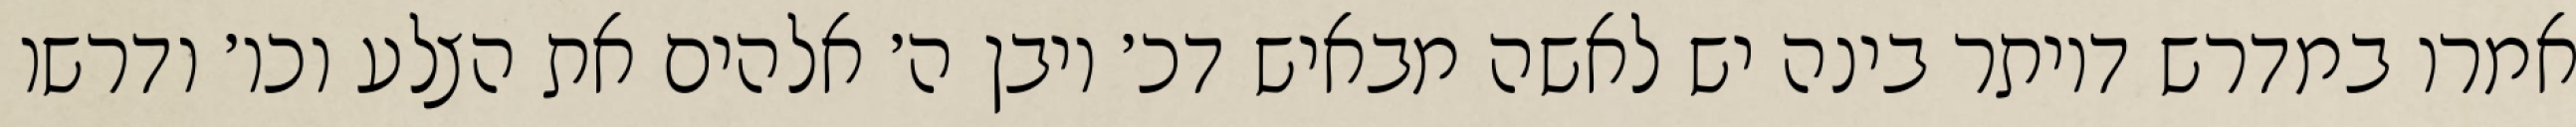
אמרו במדרש דיותר בינה יש לאשה מבאיש דכ׳ ויבן ה׳ אלהים את הצלע וכו׳ ודרשו